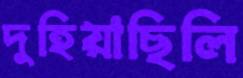
দুহিয়াছিলি